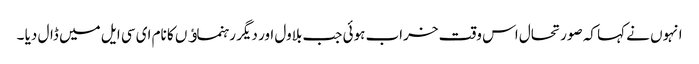
انہوں نے کہا کہ صورتحال اس وقت خراب ہوئی جب بلاول اور دیگر رہنماﺅں کا نام ای سی ایل میں ڈال دیا ۔